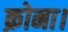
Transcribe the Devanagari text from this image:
क्रोना।